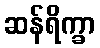
ဆန်ရိက္ခာ